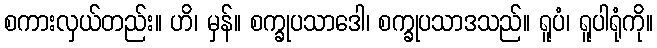
စကားလှယ်တည်း။ ဟိ၊ မှန်။ စက္ခုပသာဒေါ၊ စက္ခုပသာဒသည်။ ရူပံ၊ ရူပါရုံကို။